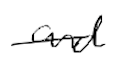
Text: and
Cross-out: single-line
Writing tool: digital_black